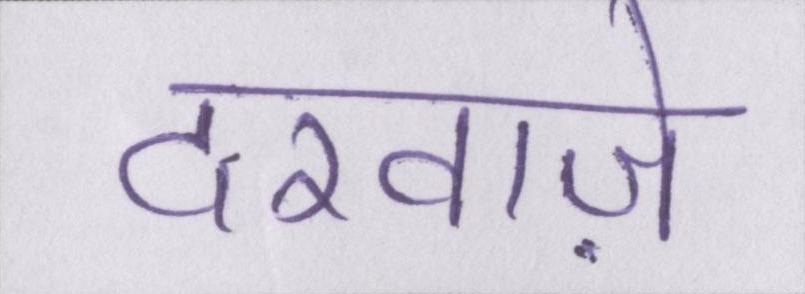
दरवाज़े